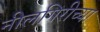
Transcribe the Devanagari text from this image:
नीलगिरीच्या